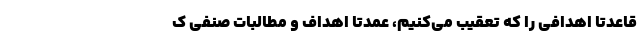
قاعدتاً اهدافی را که تعقیب می‌کنیم، عمدتاً اهداف و مطالبات صنفی ک